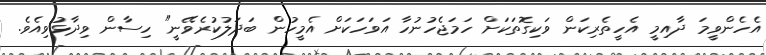
އެހެންވީމަ ދާއިމީ އެހީތެރިކަން ވަކިގޮތަކަށް ހަމަޖެހުނުހާ އަވަހަކަށް އެމީހުން ބަދަލުކުރެވޭނީ" ހިސާން ވިދާޅުވިއެވެ.